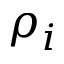
\rho _ { i }